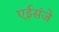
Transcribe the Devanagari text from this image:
एईसंजे